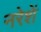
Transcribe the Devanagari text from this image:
नरेशें